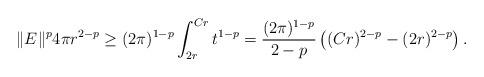
LaTeX: \begin{align*} \Vert E \Vert ^p 4\pi r^{2-p} \geq (2\pi)^{1-p} \int_{2 r}^{Cr} t^{1-p} = \frac{(2\pi)^{1-p}}{ 2-p} \left( (Cr)^{2-p} - (2r)^{2-p} \right). \end{align*}